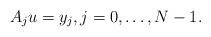
LaTeX: \begin{align*} A_j u = y_j , j = 0, \dots, N-1.\end{align*}